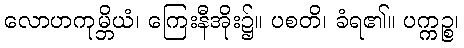
လောဟကုမ္ဘိယံ၊ ကြေးနီအိုး၌။ ပစတိ၊ ခံရ၏။ ပက္ကဉ္စ၊